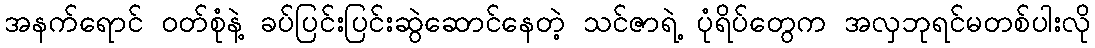
အနက်ရောင် ဝတ်စုံနဲ့ ခပ်ပြင်းပြင်းဆွဲဆောင်နေတဲ့ သင်ဇာရဲ့ ပုံရိပ်တွေက အလှဘုရင်မတစ်ပါးလို